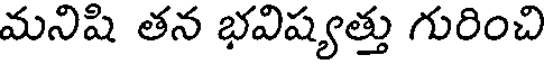
మనిషి తన భవిష్యత్తు గురించి